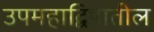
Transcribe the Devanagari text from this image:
उपमहाद्विपातील